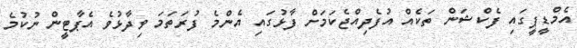
އެމްޑީޕީގައި ފެކްޝަން ތަކެއް އުފެދިއްޖެކަމަށް ފާޅުގައި އެންމެ ފުރަތަމަ ވިދާޅުވެ އެޕާޓީން ނުކުމެ